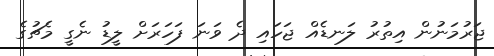
ޖަރުމަނުން އިތުރު ލަނޑެއް ޖަހައި ދެ ވަނަ ފަހަރަށް ލީޑު ނެގީ މެޗުގެ